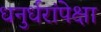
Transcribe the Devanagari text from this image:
धनुर्धरांपेक्षा